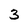
Character: 3